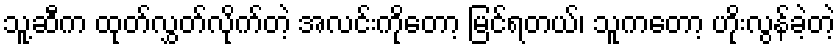
သူ့ဆီက ထုတ်လွှတ်လိုက်တဲ့ အလင်းကိုတော့ မြင်ရတယ်၊ သူကတော့ ဟိုးလွန်ခဲ့တဲ့